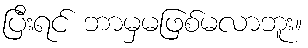
ပြီးရင် ဘာမှမဖြစ်မလာဘူး။